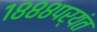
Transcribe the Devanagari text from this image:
१८८८पर्यंत